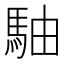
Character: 駎